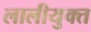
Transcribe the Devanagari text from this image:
लालीयुक्त